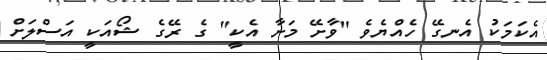
އެކަމަކު އެނގޭ ހެއްޔެވެ "ވާށޭ މަށާ އެކީ" ގެ ރޭގެ ޝޯއަކީ އަސްލަށް